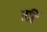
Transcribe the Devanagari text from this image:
तर्हि